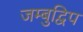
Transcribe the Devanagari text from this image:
जम्बुद्विप